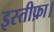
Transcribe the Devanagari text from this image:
इस्तीफ़ा।